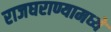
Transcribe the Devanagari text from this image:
राजघराण्यामध्ये